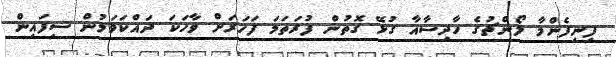
ފިނިފެންމާ ލޯންޗުގެ ހާދިސާއާ ގުޅޭ ގޮތުން ފުރަތަމަ ފަހަރަށް ވާހަކަ ދައްކަވަމުން ސިފައިން